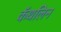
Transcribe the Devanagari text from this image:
कॅथलिन